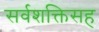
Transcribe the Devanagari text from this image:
सर्वशक्तिसह